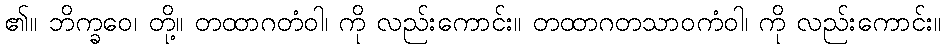
၏။ ဘိက္ခဝေ၊ တို့။ တထာဂတံဝါ၊ ကို လည်းကောင်း။ တထာဂတသာဝကံဝါ၊ ကို လည်းကောင်း။